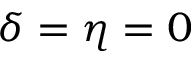
\delta = \eta = 0